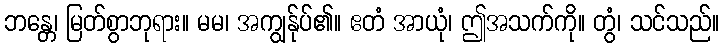
ဘန္တေ၊ မြတ်စွာဘုရား။ မမ၊ အကျွန်ုပ်၏။ ဧတံ အာယုံ၊ ဤအသက်ကို။ တွံ၊ သင်သည်။